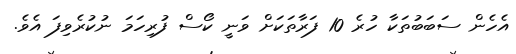
އެހެން ސަބަބުތަކާ ހުރެ 10 ފަރާތަކަށް ވަނީ ކޯސް ފުރިހަމަ ނުކުރެވިފަ އެވެ.